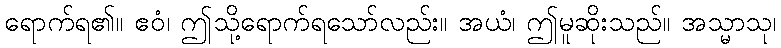
ရောက်ရ၏။ ဧဝံ၊ ဤသို့ရောက်ရသော်လည်း။ အယံ၊ ဤမူဆိုးသည်။ အသ္မာသု၊